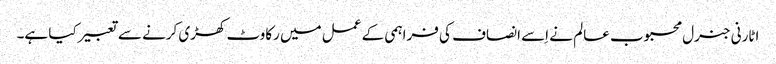
اٹارنی جنرل محبوب عالم نے اِسے انصاف کی فراہمی کے عمل میں رکاوٹ کھڑی کرنے سے تعبیر کیا ہے۔